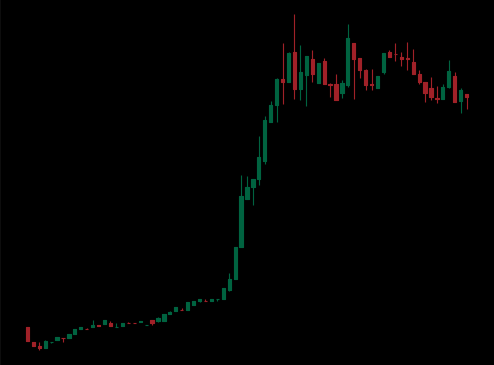
Pattern: bear_flag